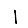
Digit: 1